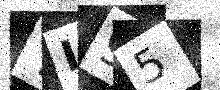
Text: YI95